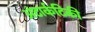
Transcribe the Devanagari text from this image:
अंटार्कटिकी